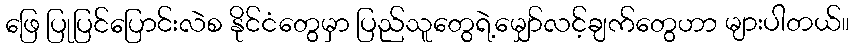
ဖြေ ပြုပြင်ပြောင်းလဲစ နိုင်ငံတွေမှာ ပြည်သူတွေရဲ့မျှော်လင့်ချက်တွေဟာ များပါတယ်။